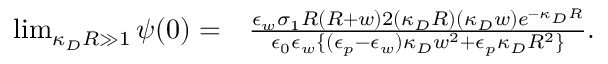
\begin{array} { r l } { \operatorname* { l i m } _ { \kappa _ { D } R \gg 1 } \psi ( 0 ) = } & { { } \frac { \epsilon _ { w } \sigma _ { 1 } R \left( R + w \right) 2 ( \kappa _ { D } R ) ( \kappa _ { D } w ) e ^ { - \kappa _ { D } R } } { \epsilon _ { 0 } \epsilon _ { w } \{ ( \epsilon _ { p } - \epsilon _ { w } ) \kappa _ { D } w ^ { 2 } + \epsilon _ { p } \kappa _ { D } R ^ { 2 } \} } . } \end{array}